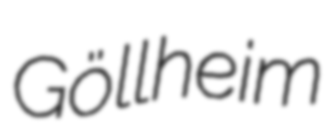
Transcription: Göllheim